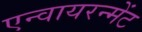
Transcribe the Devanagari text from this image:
एन्वायरन्मेंट